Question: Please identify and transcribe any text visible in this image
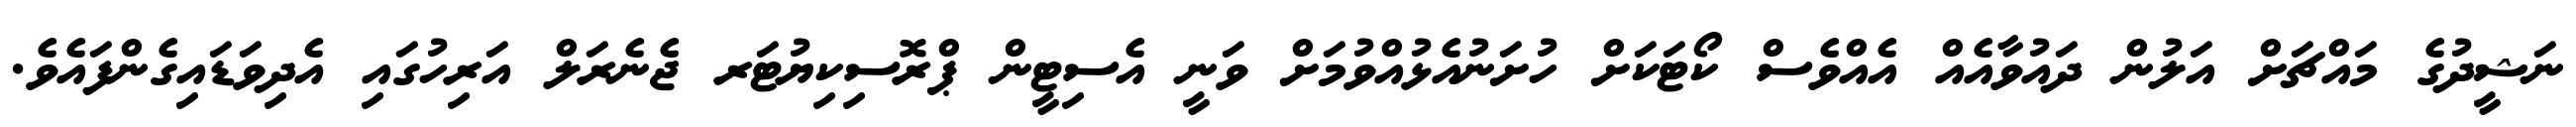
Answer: ނަޝީދުގެ މައްޗަށް އަލުން ދައުވާއެއް އެއްވެސް ކޯޓަކަށް ހުށަނުއެޅުއްވުމަށް ވަނީ އެސިޓީން ޕްރޮސިކިޔުޓަރ ޖެނެރަލް އަރިހުގައި އެދިވަޑައިގެންފައެވެ.